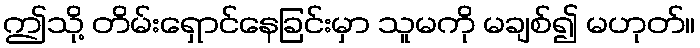
ဤသို့ တိမ်းရှောင်နေခြင်းမှာ သူမကို မချစ်၍ မဟုတ်။